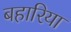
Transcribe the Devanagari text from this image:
बहारिया